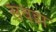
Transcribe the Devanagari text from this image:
सवड़ा